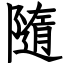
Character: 隨